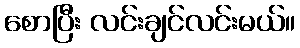
စောပြီး လင်းချင်လင်းမယ်။